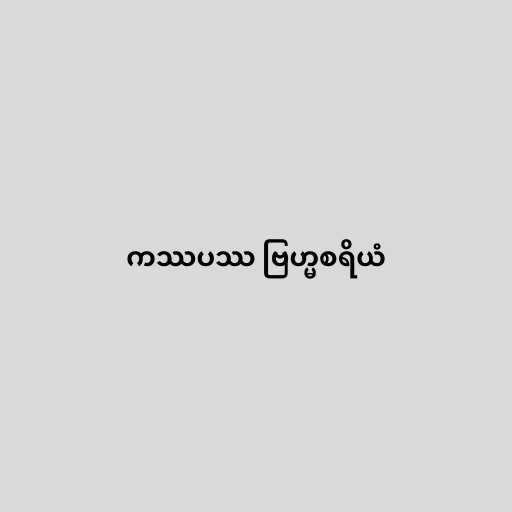
ကဿပဿ ဗြဟ္မစရိယံ